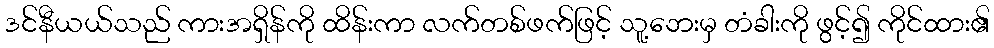
ဒင်နီယယ်သည် ကားအရှိန်ကို ထိန်းကာ လက်တစ်ဖက်ဖြင့် သူ့ဘေးမှ တံခါးကို ဖွင့်၍ ကိုင်ထား၏